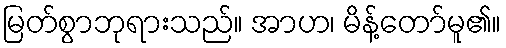
မြတ်စွာဘုရားသည်။ အာဟ၊ မိန့်တော်မူ၏။